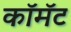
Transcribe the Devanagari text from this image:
कॉमॅट